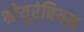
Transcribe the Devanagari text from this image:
श्रीयुरंबियम